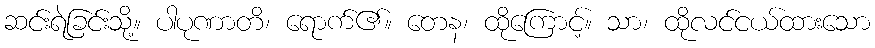
ဆင်းရဲခြင်းသို့။ ပါပုဏာတိ၊ ရောက်၏။ တေန၊ ထိုကြောင့်။ သာ၊ ထိုလင်ငယ်ထားသော